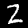
Digit: 2